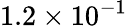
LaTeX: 1.2\times 10^{-1}